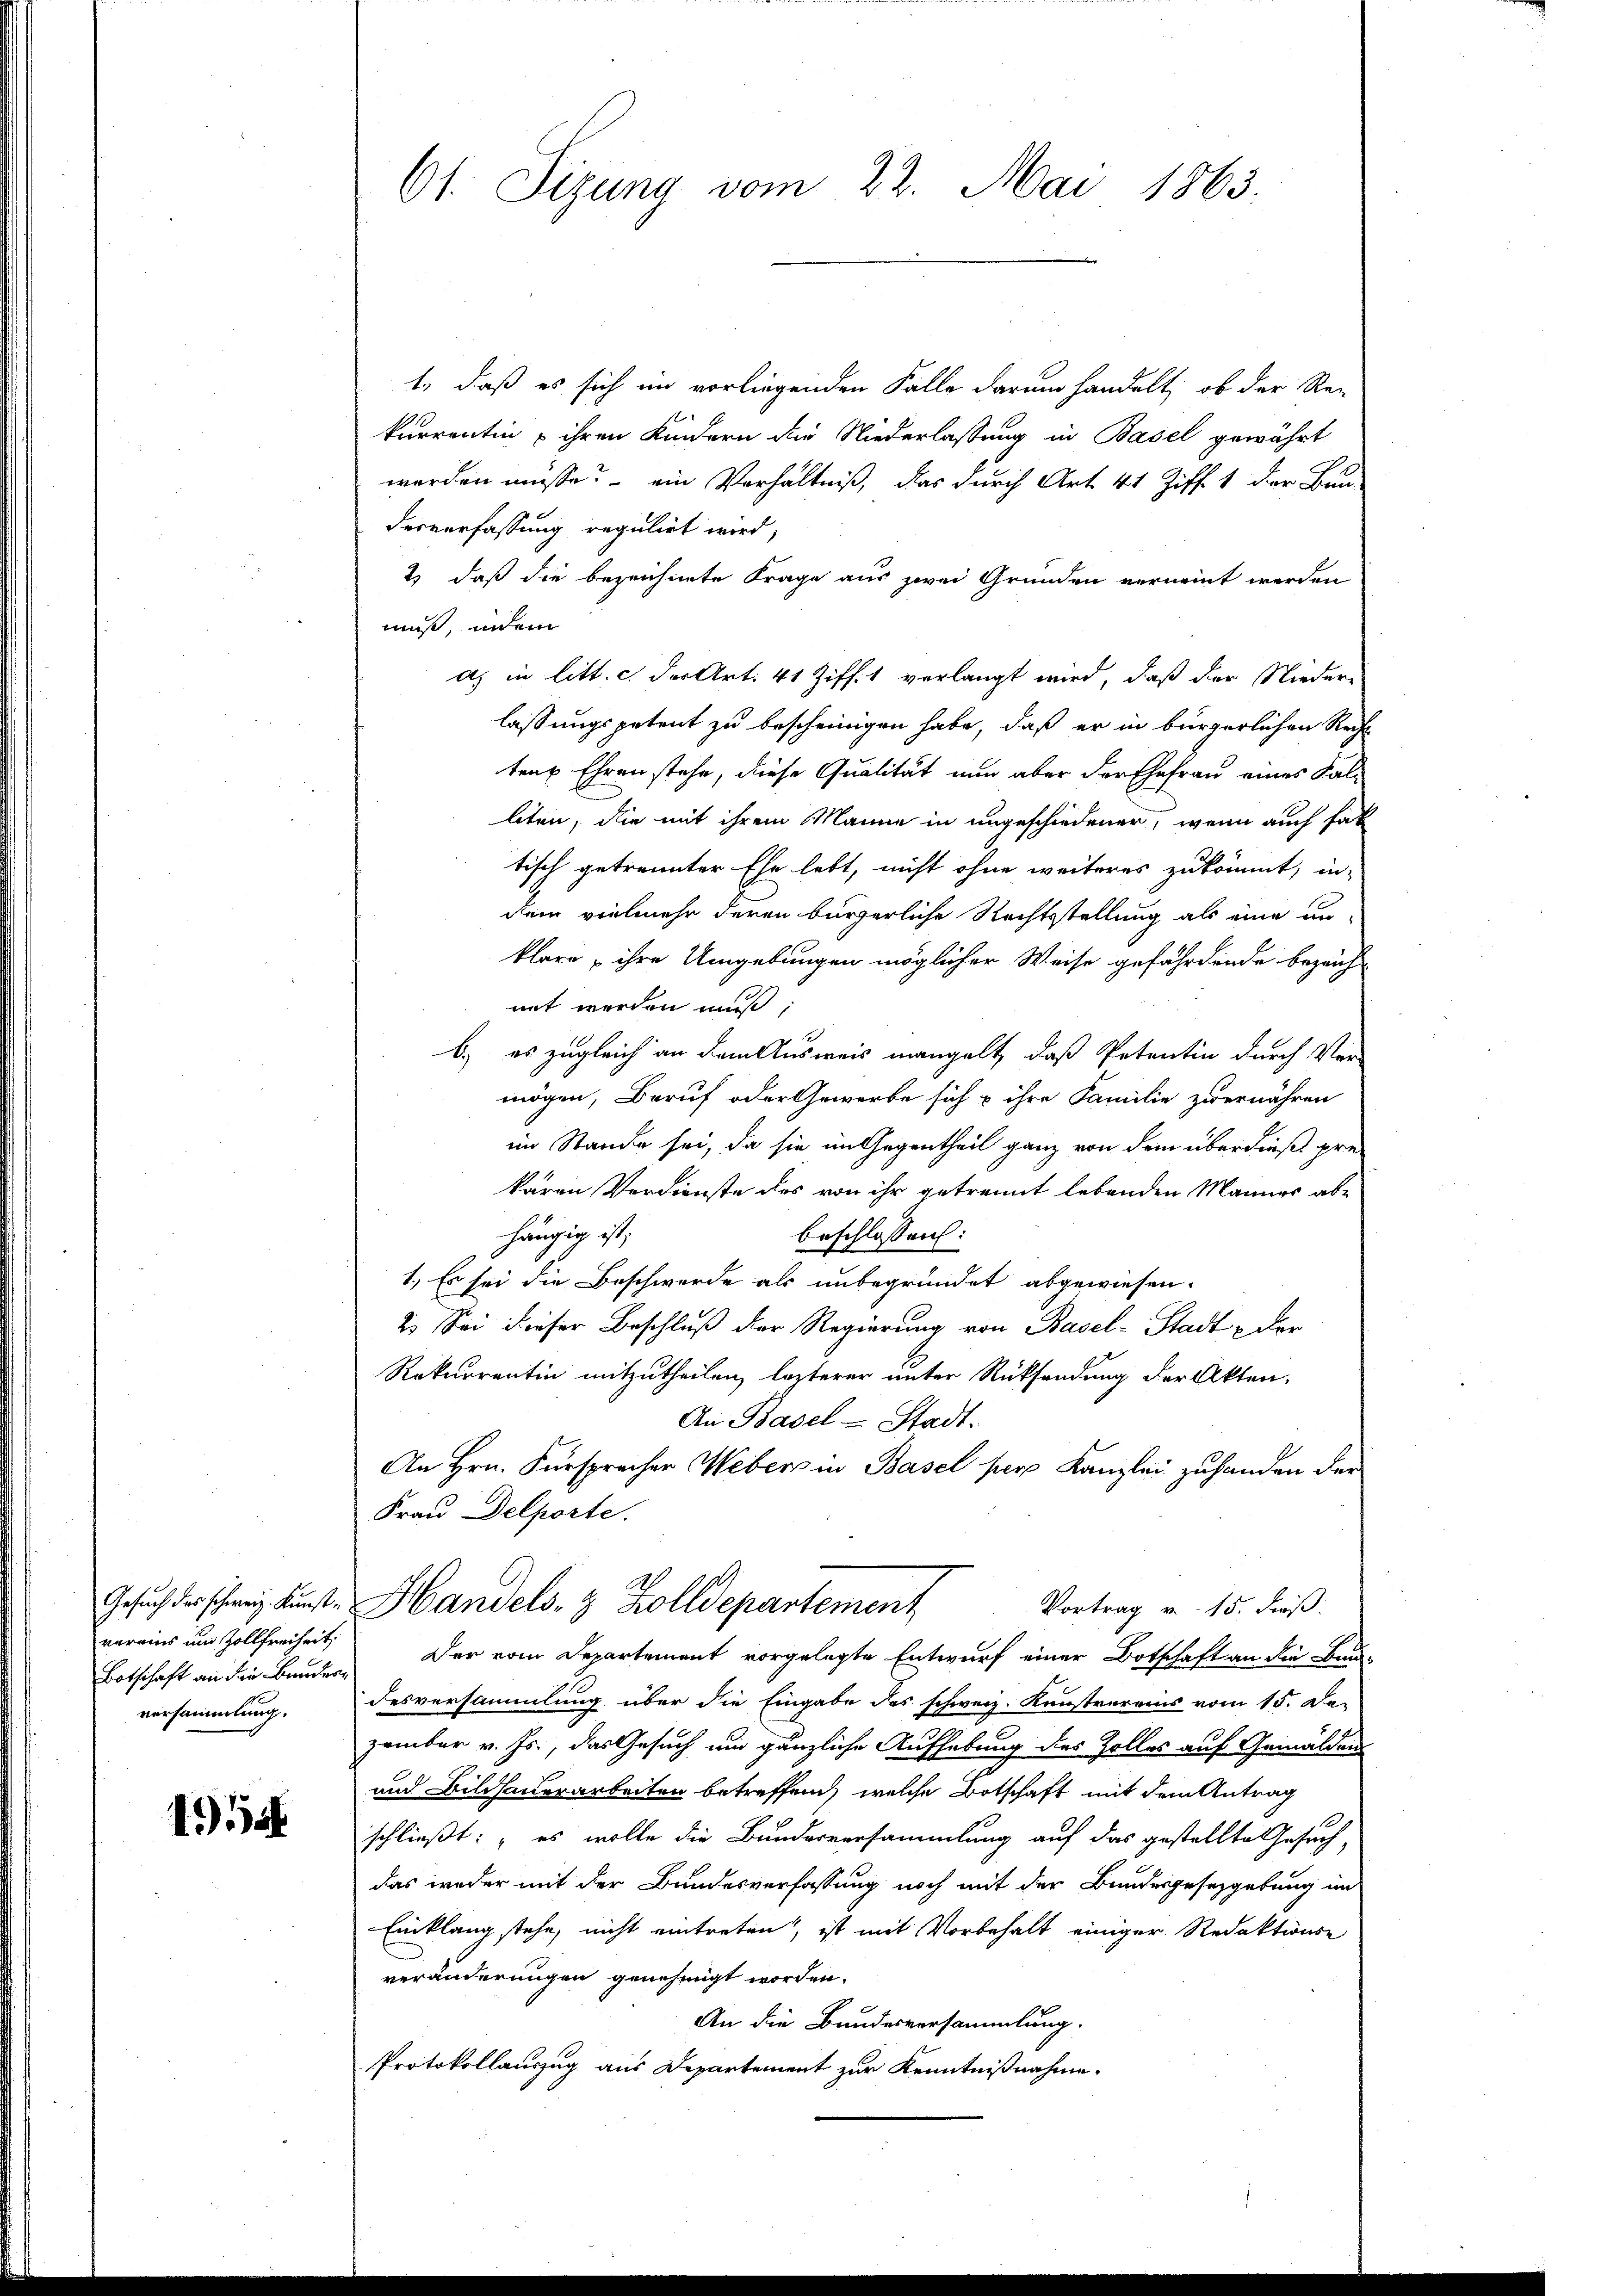
verains und Zollfreiheit,
Botschaft an die Bunderversammlung.

1955

61. Sizung vom 22. Mai 1863.

1., daß es sich im vorliegenden Falle darum handelt, ob der Re-
kurrentin u ihren Kindern die Niederlassung in Basel gewährt
werden müsse? – ein Verhältniß, das durch Art. 41 Ziff. 1 der Bau-
desverfassung regulirt wird,
2) daß die bezeichnete Frage aus zwei Gründen verneint werden
muß, indem
a. in litt. c. der Art. 41 Ziff. 1 verlangt wird, daß der Nieder-
lassungspetent zu bescheinigen habe, daß er in bürgerlichen Recht
ten Ehren stehe, diese Qualität nun aber der Ehefrau eines Kalliten, die mit ihrem Manne in ungeschiedener, wenn auch hat
tisch getrennter Ehe lebt, nicht ohne weiteres zukommt, in-
dem vielmehr deren bürgerliche Rechtsstellung als eine unklare, ihre Umgebungen möglicher Weise gefährdende bezeich
nit werden muß;
b.) es zugleich an dem Ausweis mangelt, daß Petentin durch Ver-
mögen, Beruf oder Gewerbe sich & ihre Familie zu ernähren
im Stande sei, da sie im Gegentheil ganz von dem überdieß prekaren Verdienste des von ihr getrennt lebenden Mannes abe
hängig ist;
beschlossen:
1.) Es sei die Beschwerde als unbegründet abgewiesen.
2.) Sei dieser Beschluß der Regierung von Basel-Stadt - der
Rekurrentin mitzutheilen, lezterer unter Rücksendung der Akten.
An Basel-Stadt.
An Hrn. Fürspracher Webers in Basel per Kanzlei zuhanden der
Frau Delporte.
Gesuch der schweiz. Kunst. Handels- & Zolldepartement
Vortrag v. 15. dieß.
Der vom Departement vorgelegte Entwurf einer Botschaft an die Bun-
Fesversammlung über die Eingabe des schweiz. Kunstvereins vom 15. Da-
zember v. Js., das Gesuch und gänzliche Aufhebung des Zolles auf Gemälden
und Bildhauerarbeiten betreffend, welche Botschaft mit dem Antrag
schließt: „es wolle die Bundesversammlung auf das gestellte Gesuch,
das weder mit der Bundesverfassung noch mit der Bundesgesetzgebung im
Einklang stehe, nicht eintreten, ist mit Vorbehalt einiger Redaktionse
veränderungen genehmigt worden.
An die Bundesversammlung.
Protokollauszug aus Departement zur Kenntnißnahme.